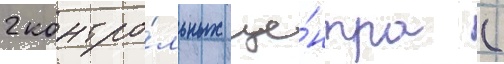
2 контро́льных це́нтра (